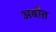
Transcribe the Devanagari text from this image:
अबौत्त